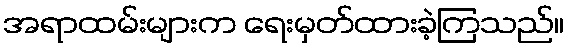
အရာထမ်းများက ရေးမှတ်ထားခဲ့ကြသည်။